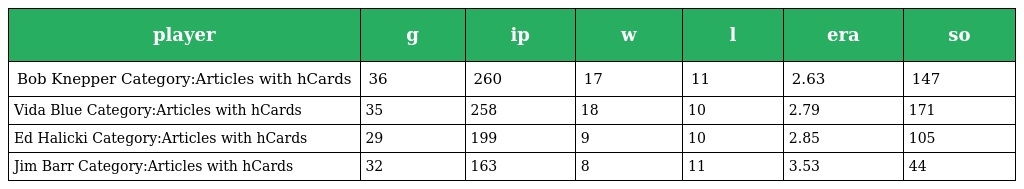
| player | g | ip | w | l | era | so |
 | --- | --- | --- | --- | --- | --- | --- |
 | Bob Knepper Category:Articles with hCards | 36 | 260 | 17 | 11 | 2.63 | 147 |
 | Vida Blue Category:Articles with hCards | 35 | 258 | 18 | 10 | 2.79 | 171 |
 | Ed Halicki Category:Articles with hCards | 29 | 199 | 9 | 10 | 2.85 | 105 |
 | Jim Barr Category:Articles with hCards | 32 | 163 | 8 | 11 | 3.53 | 44 |